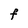
Character: F